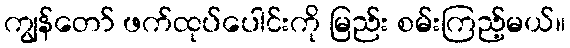
ကျွန်တော် ဖက်ထုပ်ပေါင်းကို မြည်း စမ်းကြည့်မယ်။